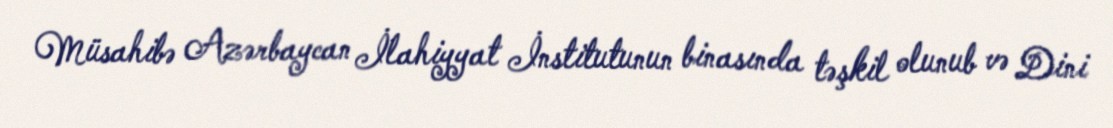
Müsahibə Azərbaycan İlahiyyat İnstitutunun binasında təşkil olunub və Dini